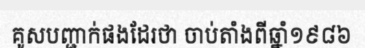
គូសបញ្ជាក់ផងដែរថា ចាប់តាំងពីឆ្នាំ១៩៨៦